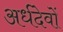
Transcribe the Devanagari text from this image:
अर्धदेवों